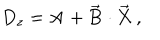
LaTeX: D _ { z } = \textbf { A } + \overrightarrow { \mathbf { B } } \cdot \overrightarrow { \mathbf { X } } \, ,